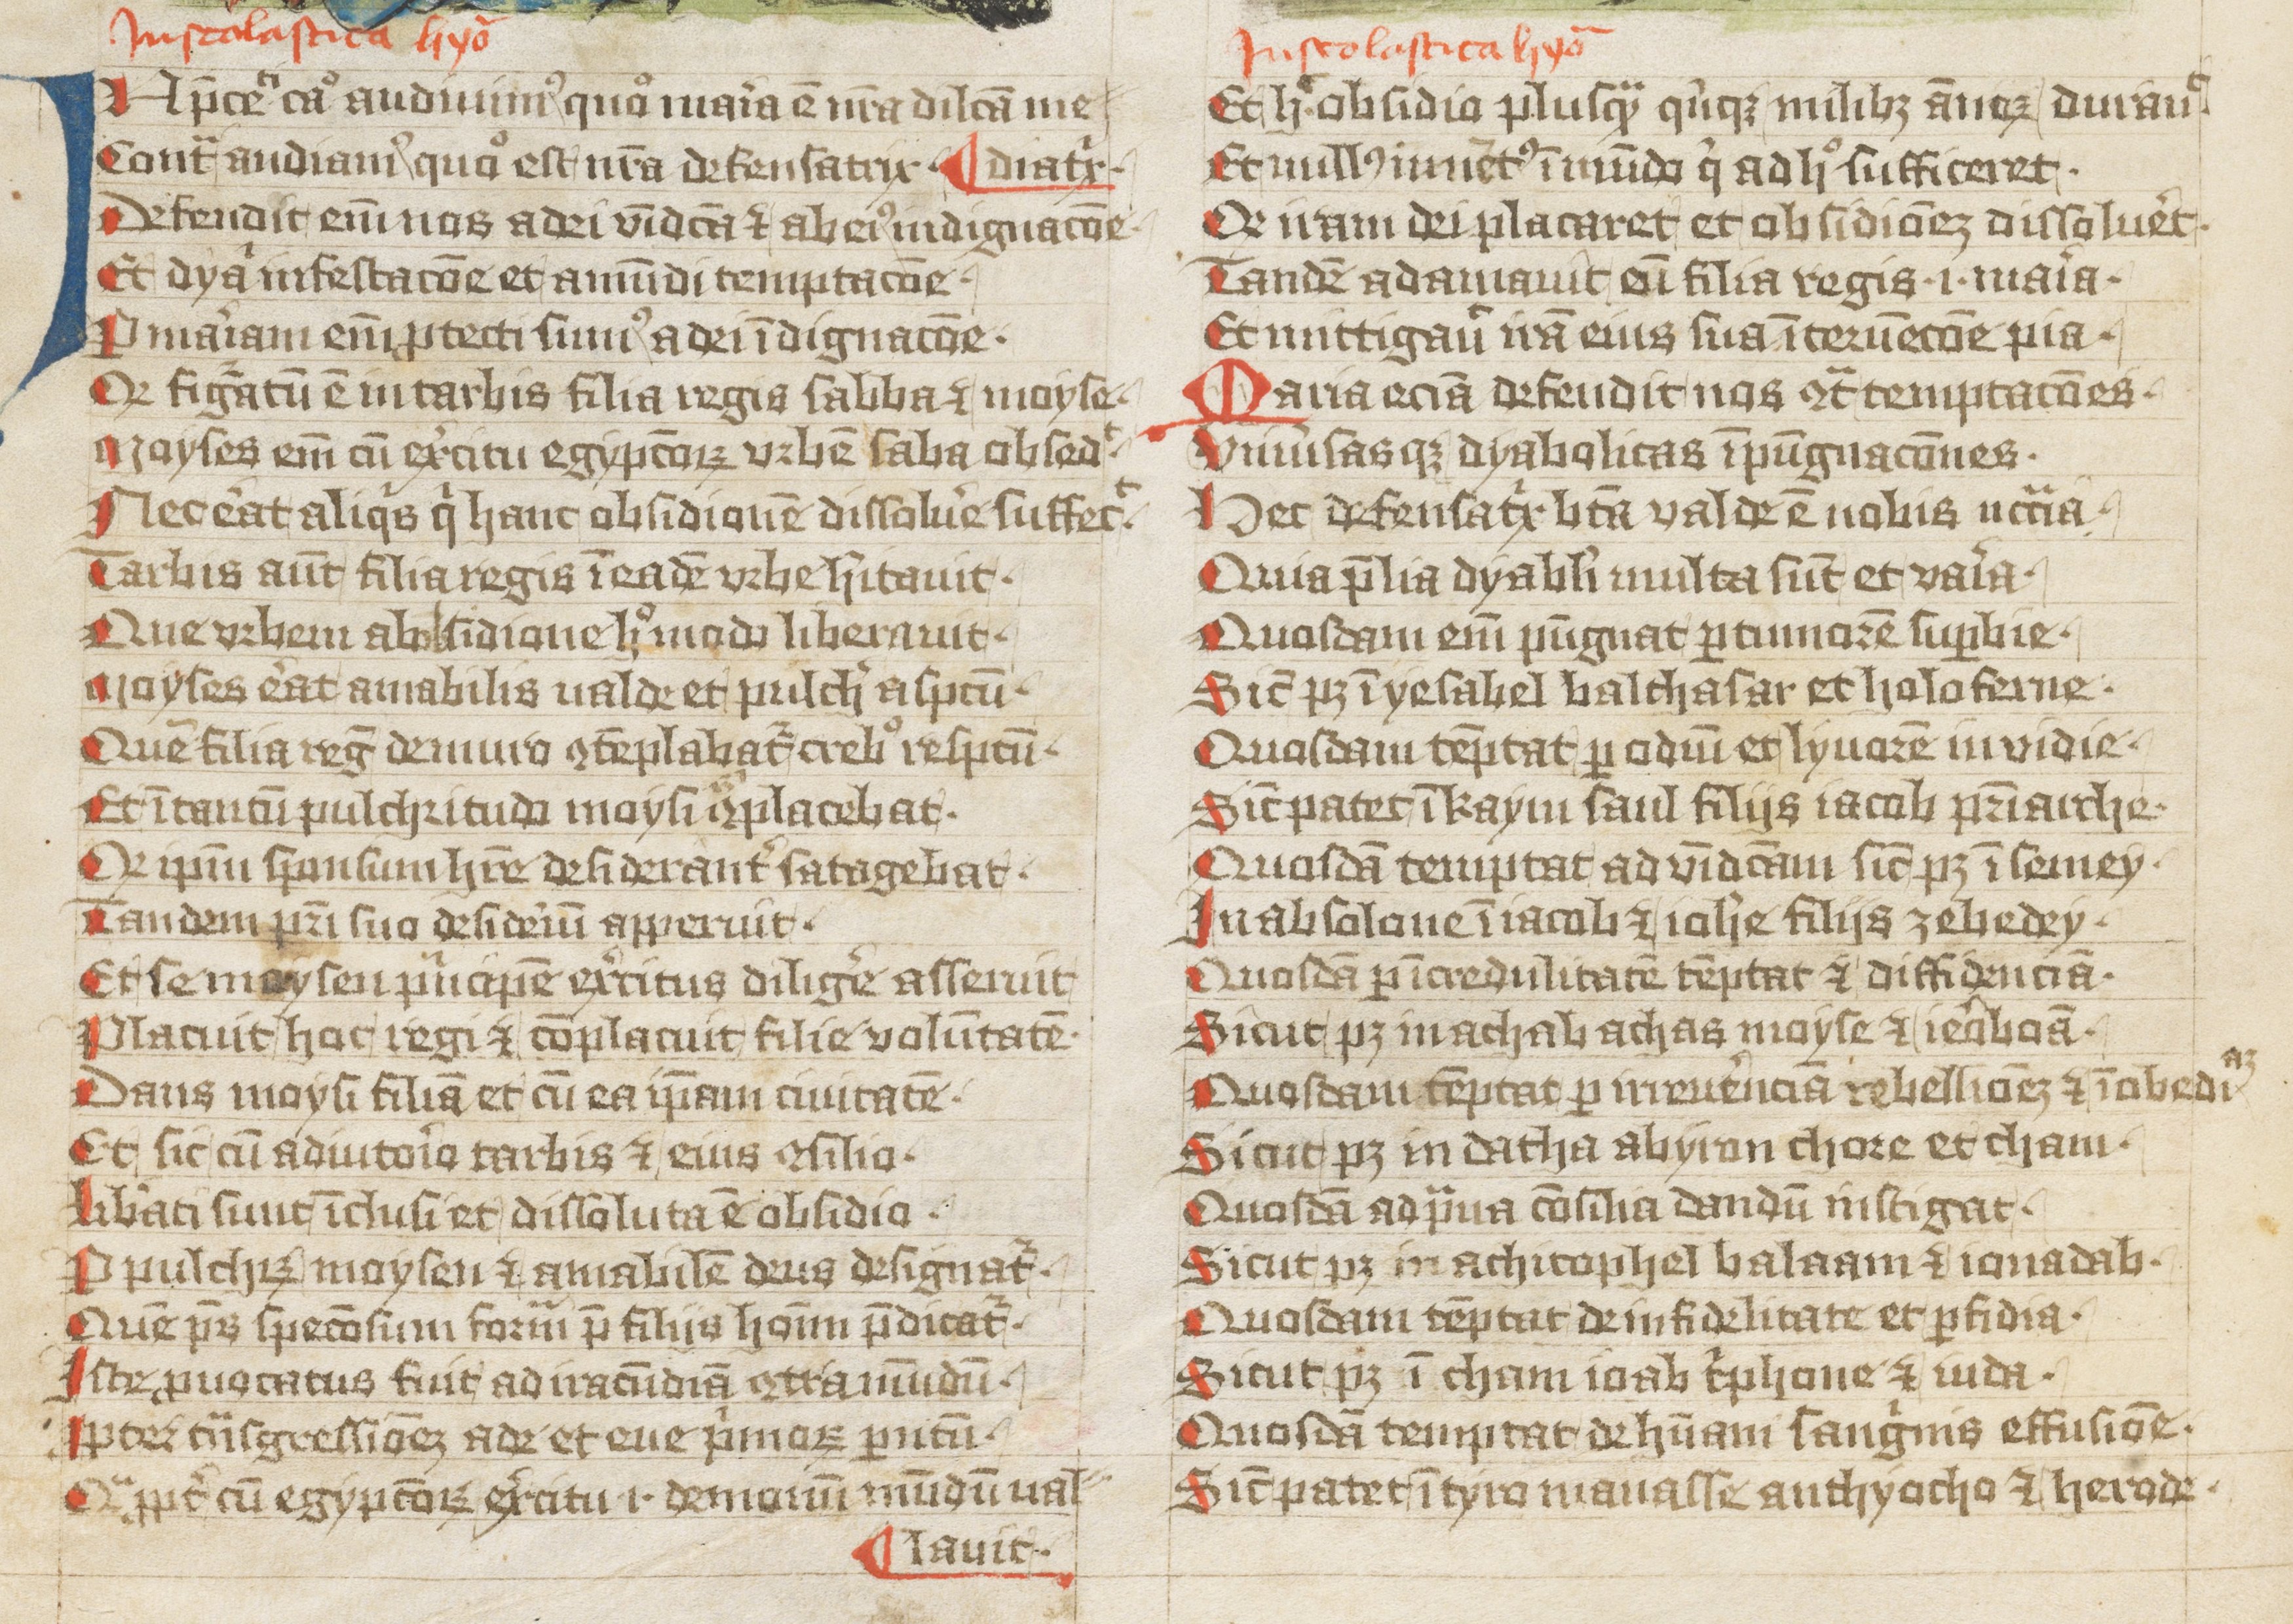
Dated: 1427–1427